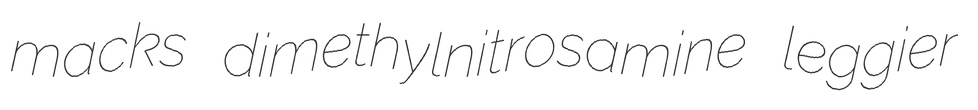
macks dimethylnitrosamine leggier